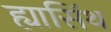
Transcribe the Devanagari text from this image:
ह्यासिंथ